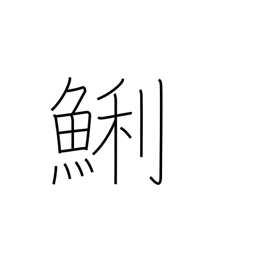
Meaning: short necked clam